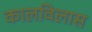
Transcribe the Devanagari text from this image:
कालविलास